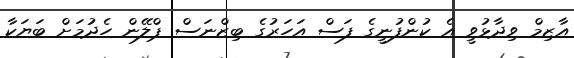
އާޒިމް ވިދާޅުވީ އެ ކުންފުނީގެ ފަސް އަހަރުގެ ބިިޒްނަސް ޕްލޭން ހެދުމަށް ބަޔަކާ